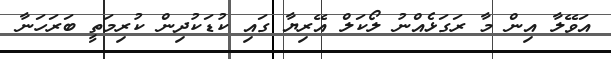
އަވޭލާ އިން މާ ރަގަޅެއްނު ލޯކަލް އޭރިޔާ ގައި ކުޑަކުދިން ކުރިމަތީ ބަރަހަނާ